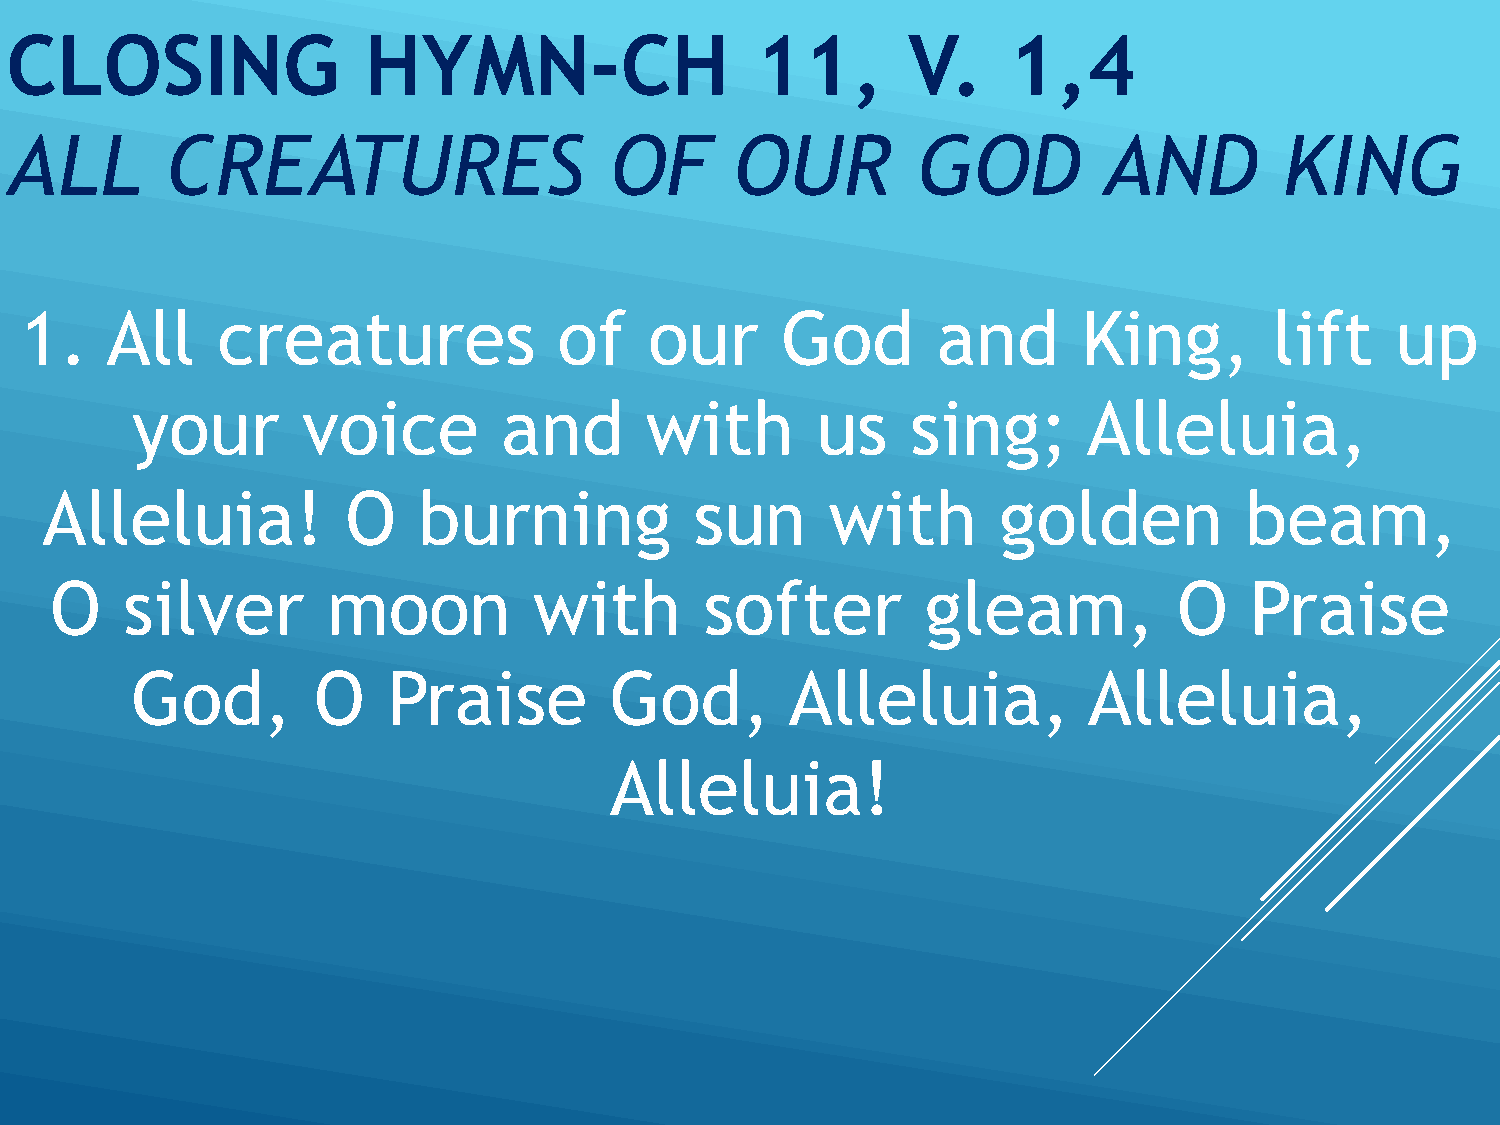
CLOSING                 HYMN-CH                   11,       V.     1,4
 ALL        CREATURES                    OF       OUR         GOD         AND         KING
 1.    All    creatures              of    our      God       and       King,       lift    up
 your       voice        and       with       us    sing;       Alleluia,
 Alleluia!           O    burning           sun      with       golden          beam,
 O    silver        moon         with        softer        gleam,           O    Praise
 God,        O    Praise        God,        Alleluia,           Alleluia,
 Alleluia!